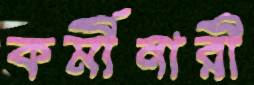
কর্মীনারী